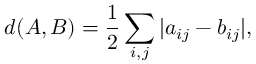
d ( A , B ) = \frac { 1 } { 2 } \sum _ { i , j } \vert a _ { i j } - b _ { i j } \vert ,